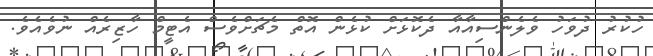
ހުކުރު ދުވަހު ވެލެންސިއާއާ ދެކޮޅަށް ކުޅެން އޮތް މެޗަށްވެސް އެޓީމް ހާޒިރެއް ނުވެއެވެ.